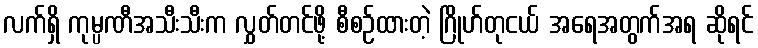
လက်ရှိ ကုမ္ပဏီအသီးသီးက လွှတ်တင်ဖို့ စီစဉ်ထားတဲ့ ဂြိုဟ်တုငယ် အရေအတွက်အရ ဆိုရင်